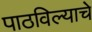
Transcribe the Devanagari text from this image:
पाठविल्याचे